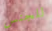
للجنس